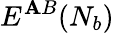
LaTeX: E^{\mathbf{A}B}(N_{b})